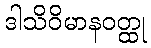
ဒါသိဝိမာနဝတ္ထု